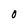
Character: O